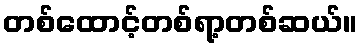
တစ်ထောင့်တစ်ရာ့တစ်ဆယ်။